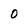
Character: 0